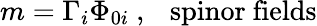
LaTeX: m=\Gamma_{i}\Phi_{0i}\ ,\ \ \ \mathrm{spinor\ fields}